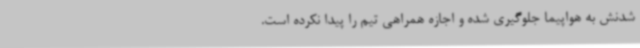
شدنش به هواپیما جلوگیری شده و اجازه همراهی تیم را پیدا نکرده است.